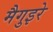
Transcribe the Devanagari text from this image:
मैगुइरे